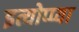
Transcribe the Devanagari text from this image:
इत्योप्प्या